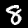
Label: 8